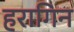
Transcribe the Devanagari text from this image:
हरागिन